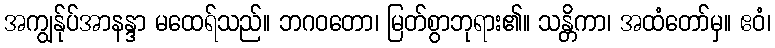
အကျွန်ုပ်အာနန္ဒာ မထေရ်သည်။ ဘဂဝတော၊ မြတ်စွာဘုရား၏။ သန္တိကာ၊ အထံတော်မှ။ ဧဝံ၊